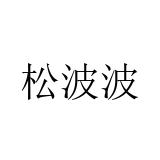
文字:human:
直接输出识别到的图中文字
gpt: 松波波